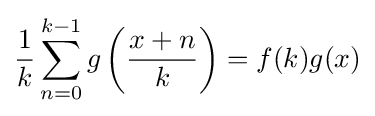
{\frac {1}{k}}\sum _{n=0}^{k-1}g\left({\frac {x+n}{k}}\right)=f(k)g(x)